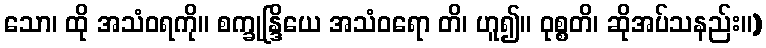
သော၊ ထို အသံဝရကို။ စက္ခုန္ဒြိယေ အသံဝရော တိ၊ ဟူ၍။ ဝုစ္စတိ၊ ဆိုအပ်သနည်း။)